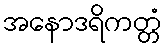
အနောဒရိကတ္တံ